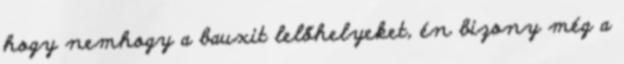
hogy nemhogy a bauxit lelőhelyeket, én bizony még a